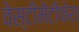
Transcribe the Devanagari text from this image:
वेस्टीमेंटीफेरा